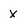
Character: x